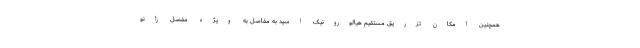
همچنین امکان تزریق مستقیم هیالورونیک اسید به مفاصل به ویژه مفصل زانو